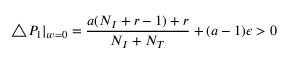
\triangle P _ { 1 } | _ { w = 0 } = \frac { a ( N _ { I } + r - 1 ) + r } { N _ { I } + N _ { T } } + ( a - 1 ) \epsilon > 0